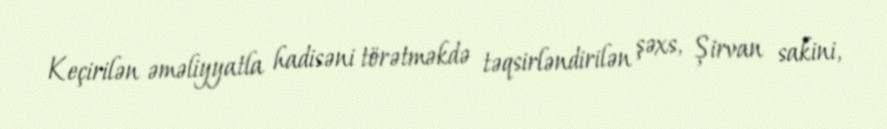
Keçirilən əməliyyatla hadisəni törətməkdə təqsirləndirilən şəxs, Şirvan sakini,